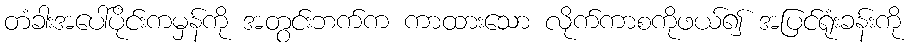
တံခါးအပေါ်ပိုင်းကမှန်ကို အတွင်းဘက်က ကာထားသော လိုက်ကာစကိုဖယ်၍ အပြင်ရုံးခန်းကို